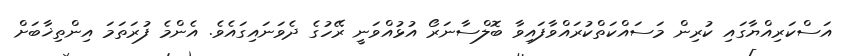
އަސްކަރިއްޔާގައި ކުރިން މަސައްކަތްކުރައްވާފައިވާ ބޮލްސާނަރޯ އުޅުއްވަނީ ރޭހުގެ ދެވަނައިގައެވެ. އެންމެ ފުރަތަމަ އިންތިޚާބަށް